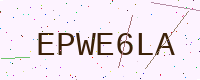
Text: EPWE6LA